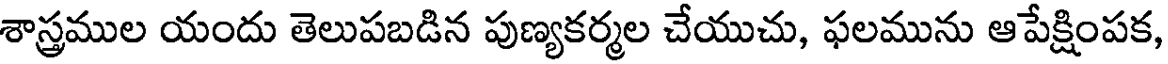
శాస్త్రముల యందు తెలుపబడిన పుణ్యకర్మల చేయుచు, ఫలమును ఆపేక్షింపక,